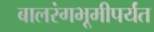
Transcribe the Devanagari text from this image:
बालरंगभूमीपर्यंत